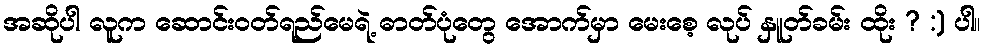
အဆိုပါ လူက ဆောင်းဝတ်ရည်မေရဲ့ ဓာတ်ပုံတွေ အောက်မှာ မေးစေ့ လုပ် နှူတ်ခမ်း ထိုး ? :) ပါ။